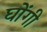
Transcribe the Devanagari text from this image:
घोंगी